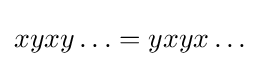
xyxy\ldots =yxyx\ldots